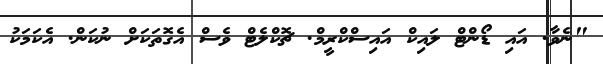
"ނެވާ. އައި ޑޯންޓް ލައިކް އައިސްކްރީމް. ޗޮކްލެޓް ވެސް އެގޮތަކަށް ނުކަން. އެކަމަކު